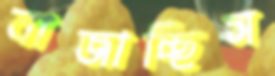
বাজাচ্ছিস